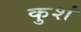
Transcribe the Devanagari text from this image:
कुशं